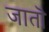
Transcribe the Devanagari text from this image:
जातॊ